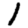
Digit: 1